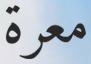
معرة